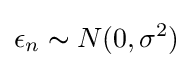
\epsilon _{n}\thicksim N(0,\sigma ^{2})